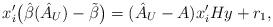
LaTeX: \begin{align*}x_{i}^{\prime}\bigl(\hat{\beta}(\hat{A}_{U})-\tilde{\beta}\bigr)=(\hat {A}_{U}-A)x_{i}^{\prime}Hy+r_1,\end{align*}